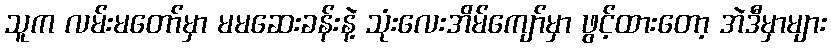
သူက လမ်းမတော်မှာ မမဆေးခန်းနဲ့ သုံးလေးအိမ်ကျော်မှာ ဖွင့်ထားတော့ အဲဒီမှာများ